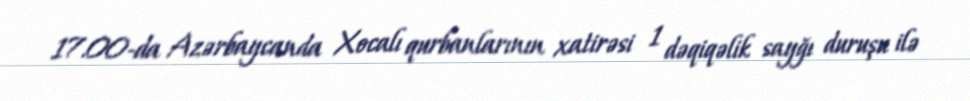
17.00-da Azərbaycanda Xocalı qurbanlarının xatirəsi 1 dəqiqəlik sayğı duruşu ilə